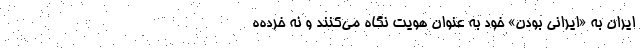
ايران به «ايراني بودن» خود به عنوان هويت نگاه مي‌كنند و نه خرده‌ه